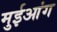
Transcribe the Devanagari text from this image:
मुईआंग